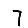
Digit: 7